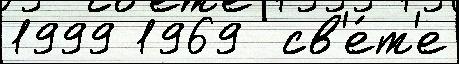
1999 1969  св'е́т'е